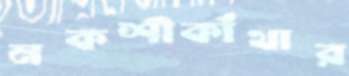
নকশীকাঁথার